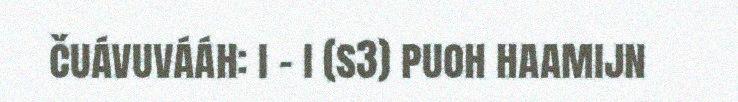
čuávuvááh: i – i (s3) puoh haamijn